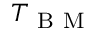
T _ { \mathrm { ~ B ~ M ~ } }